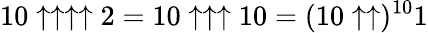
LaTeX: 10\uparrow\uparrow\uparrow\uparrow 2=10\uparrow\uparrow\uparrow 10=(10\uparrow\uparrow)^{10}1